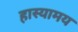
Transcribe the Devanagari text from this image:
हास्यामय